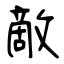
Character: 敵